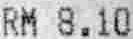
RM 8.10